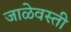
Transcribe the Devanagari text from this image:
जाळेवस्ती